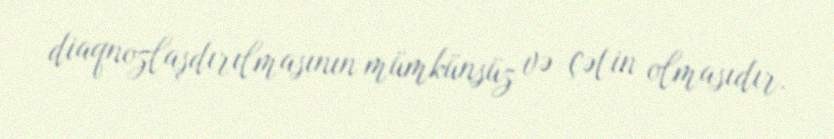
diaqnozlaşdırılmasının mümkünsüz və çətin olmasıdır.